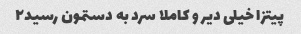
پیتزا خیلی دیر و کاملا سرد به دستمون رسید۲